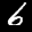
Label: 6